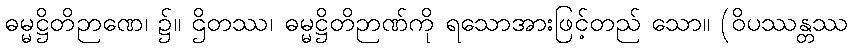
ဓမ္မဋ္ဌိတိဉာဏေ၊ ၌။ ဌိတဿ၊ ဓမ္မဋ္ဌိတိဉာဏ်ကို ရသောအားဖြင့်တည် သော။ (ဝိပဿန္တဿ